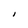
Character: I